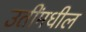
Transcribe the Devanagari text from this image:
उतींमधील